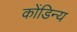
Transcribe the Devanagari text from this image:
कोंडिन्य